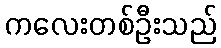
ကလေးတစ်ဦးသည်